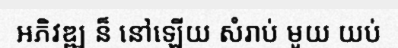
អភិវឌ្ឍ ន៏ នៅឡើយ សំរាប់ មូយ យប់